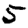
Digit: 5